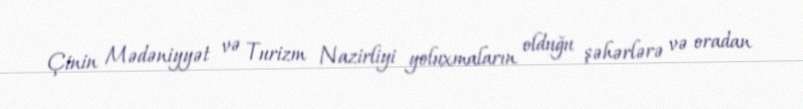
Çinin Mədəniyyət və Turizm Nazirliyi yoluxmaların olduğu şəhərlərə və oradan